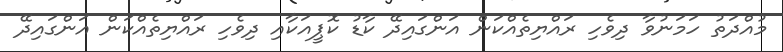
މުއްދަތު ހަމަނުވާ ދިވެހި ރައްޔިތެއްކަން އަންގައިދޭ ކާޑު ކޮޕީއަކާއި ދިވެހި ރައްޔިތެއްކަން އަންގައިދޭ